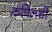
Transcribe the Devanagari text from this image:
कपिलची